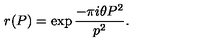
r ( P ) = \exp { \frac { - \pi i \theta P ^ { 2 } } { p ^ { 2 } } } .